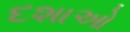
દશાઓ